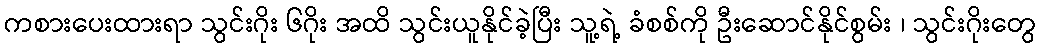
ကစားပေးထားရာ သွင်းဂိုး ၆ဂိုး အထိ သွင်းယူနိုင်ခဲ့ပြီး သူ့ရဲ့ ခံစစ်ကို ဦးဆောင်နိုင်စွမ်း ၊ သွင်းဂိုးတွေ